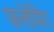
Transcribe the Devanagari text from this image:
फलेमिंग